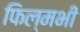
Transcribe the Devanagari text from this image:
फिल्मभी